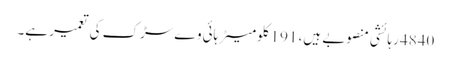
4840 رہائشی منصوبے ہیں، 191 کلومیٹر ہائی وے سڑک کی تعمیر ہے۔